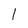
Character: 1